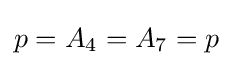
p=A_{4}=A_{7}=p